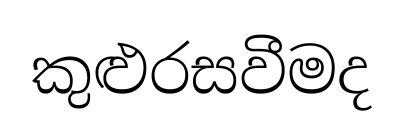
කුළුරසවීමද